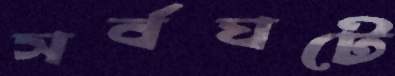
সর্বঘটে